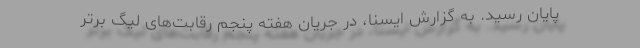
پایان رسید. به گزارش ایسنا، در جریان هفته پنجم رقابت‌های لیگ برتر